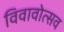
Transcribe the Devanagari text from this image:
विवावोत्सव